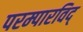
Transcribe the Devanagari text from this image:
परम्पारविद्